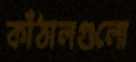
কাঁঠালগুলো